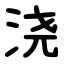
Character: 浇